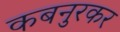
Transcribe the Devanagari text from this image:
कबनुरकर